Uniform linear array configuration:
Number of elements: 64
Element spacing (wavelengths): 0.5
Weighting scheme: hann
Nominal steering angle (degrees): -15
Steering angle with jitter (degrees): -14.786
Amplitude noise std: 0.05
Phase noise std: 0.05

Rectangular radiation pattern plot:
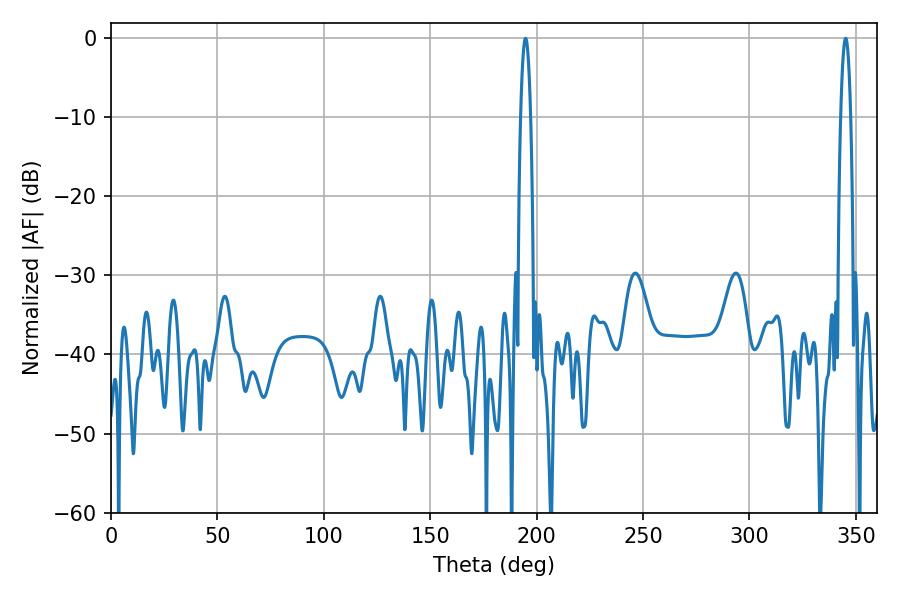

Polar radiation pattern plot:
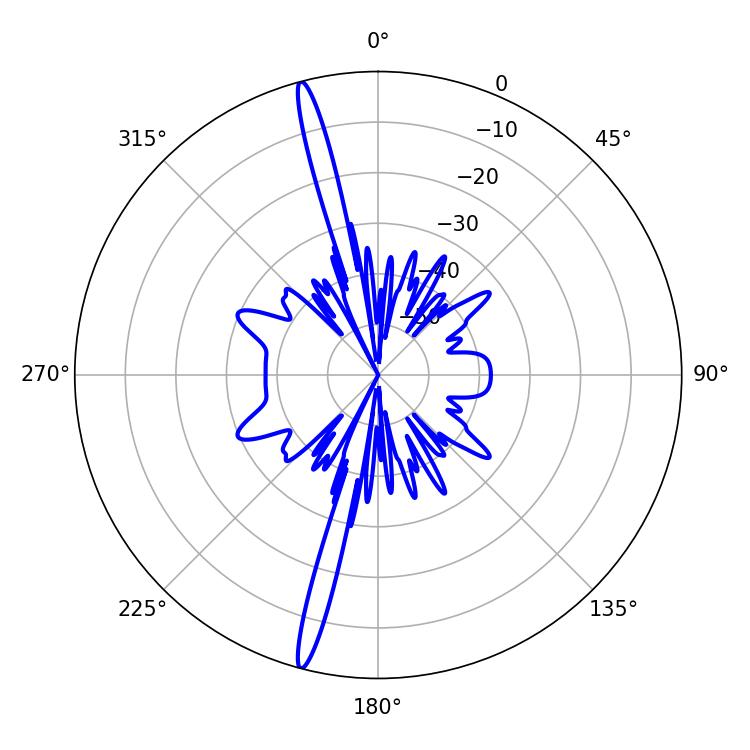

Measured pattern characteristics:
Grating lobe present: FALSE
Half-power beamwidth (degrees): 2.52
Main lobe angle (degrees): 194.76